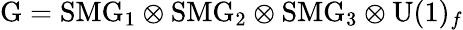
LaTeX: \mathrm{G}=\mathrm{SMG}_{1}\otimes\mathrm{SMG}_{2}\otimes\mathrm{SMG}_{3}\otimes\mathrm{U}(1)_{f}